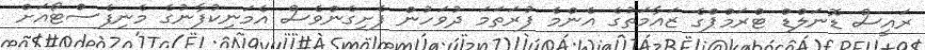
ރައީސް ޑޮނަލްޑް ޓްރަމްޕްގެ ޒައާމަތުގެ އެންމެ ފުރަތަމަ ދުވަހުން ފެށިގެންވެސް އެމަނިކުފާނުގެ މެނިފެސްޓޯއަށް